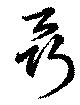
聶